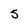
Character: 5